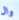
وال